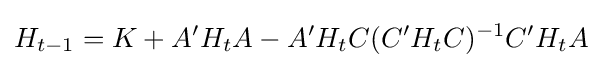
H_{t-1}=K+A'H_{t}A-A'H_{t}C(C'H_{t}C)^{-1}C'H_{t}A